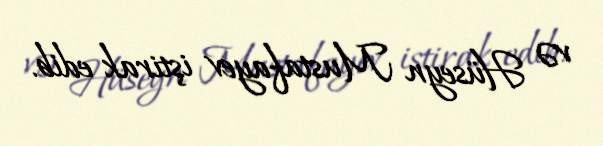
və Hüseyn Mustafayev iştirak edib.